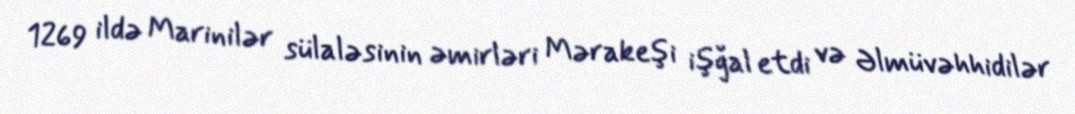
1269 ildə Marinilər sülaləsinin əmirləri Mərakeşi işğal etdi və Əlmüvəhhidilər